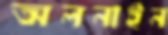
অলনাইন